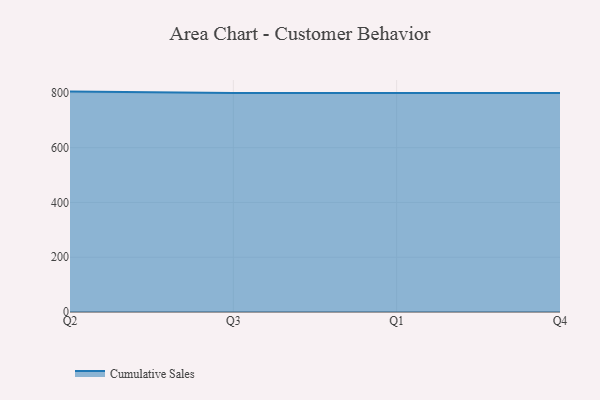
{"axis": {"x": "Quarter", "y": "Backlog"}, "legend": ["Cumulative Sales"], "data": [{"x": "Q2", "y": 804.8, "type": "Cumulative Sales"}, {"x": "Q3", "y": 800, "type": "Cumulative Sales"}, {"x": "Q1", "y": 800, "type": "Cumulative Sales"}, {"x": "Q4", "y": 800, "type": "Cumulative Sales"}]}